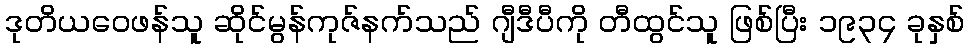
ဒုတိယဝေဖန်သူ ဆိုင်မွန်ကုဇ်နက်သည် ဂျီဒီပီကို တီထွင်သူ ဖြစ်ပြီး ၁၉၃၄ ခုနှစ်